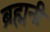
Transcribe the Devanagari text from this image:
ब्रह्मनी